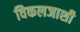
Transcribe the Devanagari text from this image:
विकलजाशी